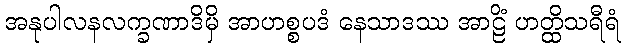
အနုပါလနလက္ခဏာဒိမှိ အာဟစ္စပဒံ နေသာဒဿ အာဠိံ ဟတ္ထိသရီရံ